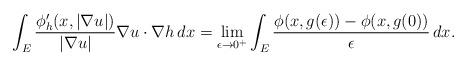
LaTeX: \begin{align*}\int_E \frac{\phi'_h(x,|\nabla u|)}{|\nabla u|} \nabla u \cdot \nabla h \,dx= \lim_{\epsilon\to 0^+} \int_E \frac{\phi(x,g(\epsilon)) - \phi(x,g(0))}{\epsilon} \,dx.\end{align*}